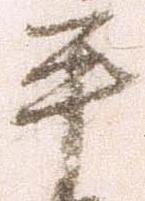
平